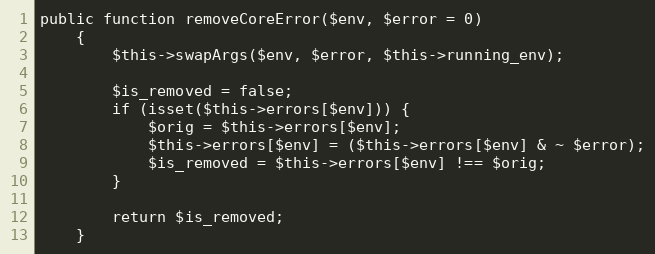
Language: PHP
public function removeCoreError($env, $error = 0)
    {
        $this->swapArgs($env, $error, $this->running_env);

        $is_removed = false;
        if (isset($this->errors[$env])) {
            $orig = $this->errors[$env];
            $this->errors[$env] = ($this->errors[$env] & ~ $error);
            $is_removed = $this->errors[$env] !== $orig;
        }

        return $is_removed;
    }